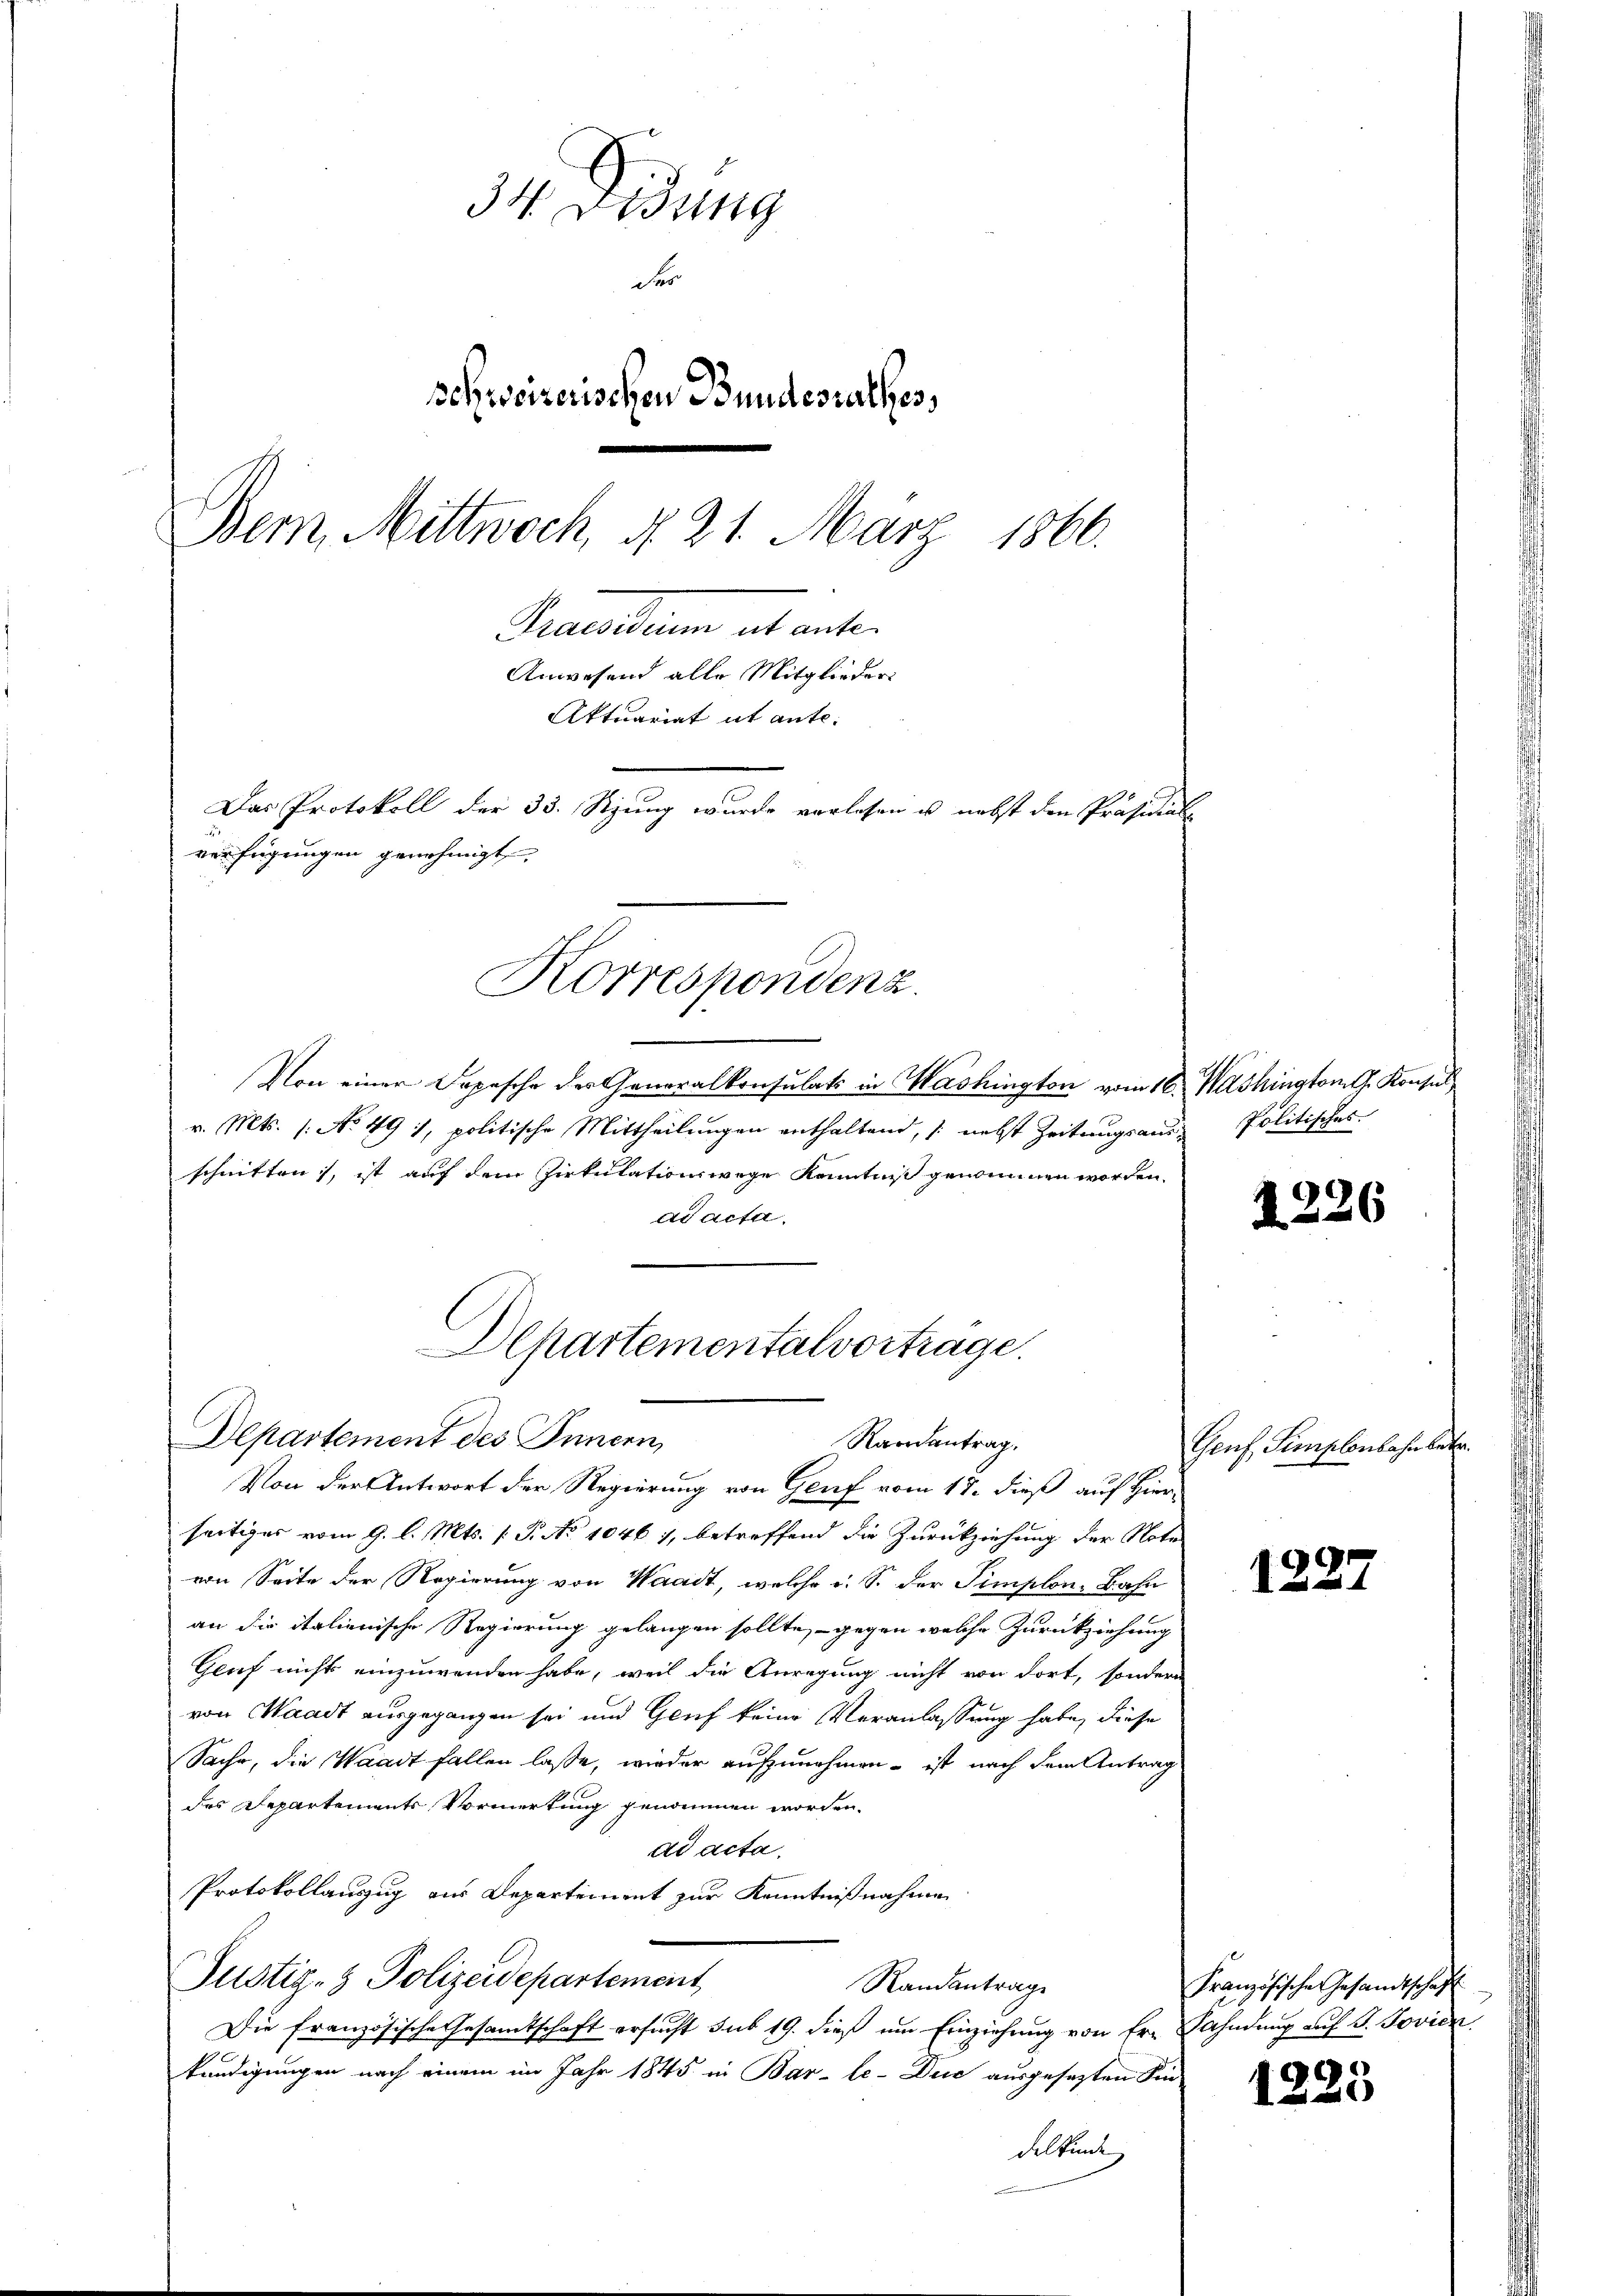
34. Didung
der
schweizerischen Bundesrathes,
1866.
ecelium ab unter¬
Anwesend alle Mitglieder
Aktuariat it ante¬
Das Protokoll der 33. Stzung wurde vorlesen u. nebst den Präsidial
verfügungen genehmigt,

Bern, Mittwoch, d. 21. März

Departement des Innern,
Randantrag.
Von der Antwort der Regierung von Genf vom 17. dieß auf Hier-

Korrespondenz.

Von einer Depesche der Generalkonsulats in Washington vom 16. Washington G. Konsul
v. Mts. (: No 49 /, politische Mittheilungen enthaltend, nebst Zeitungsaus- Politisches
schnitten, ist auf dem Zirkulationswege Kenntniß genommen worden.
ad acta.
Departementalvortrage.

seitiges vom 9. l. Mts. f. P. No 1046), betreffend die Zurückziehung der Note
von Seite der Regierung von Waadt, welche u. S. der Simplon-Bahn
an die italienische Regierung gelangen sollte, - gegen welche Zurückziehung
Gluf nicht einzuwenden habe, weil die Anregung nicht von dort, sondern
von Waadt ausgegangen sei und Genf keine Veranlassung habe, diese
Sache, die Waadt fallen lasse, wieder aufzunehmen – ist nach dem Antrag
des Departements Vormerkung genommen worden.
ad acta.
Protokollauszug aus Departement zur Kenntnißnahme
Justiz- & Polizeidepartement
Randantrage
Die französische Gesamtschaft ersucht sub 19. dieß um Einziehung von Er- Fahndung auf S. Jovien
kündigungen nach einem im Jahr 1845 in Bar-le-Duc ausgesezten Sie
delkinde

d

1226

Genf, Simplenbahr betr.

1227

Französischer Gesandtschaff

1225